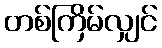
တစ်ကြိမ်လျှင်